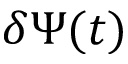
\delta \Psi ( t )